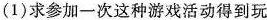
(1)求参加-次这种游戏活动得到玩